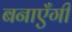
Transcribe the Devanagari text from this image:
बनाएँगी